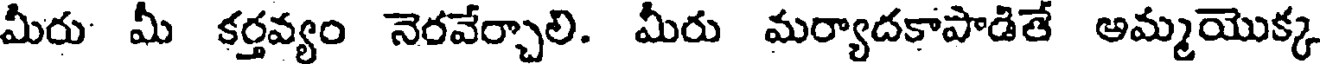
మీరు మీ కర్తవ్యం నెరవేర్చాలి. మీరు మర్యాదకాపాడితే అమ్మయొక్క